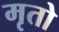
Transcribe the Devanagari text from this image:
मृतो